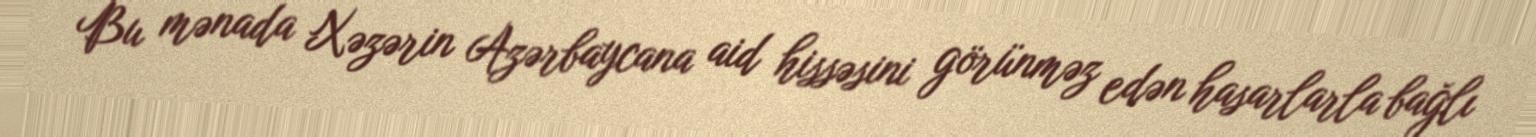
Bu mənada Xəzərin Azərbaycana aid hissəsini görünməz edən hasarlarla bağlı